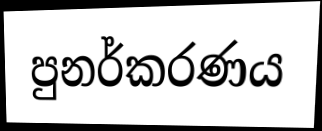
පුනර්කරණය